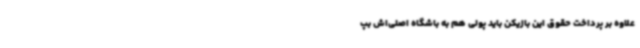
علاوه بر پرداخت حقوق این بازیکن باید پولی هم به باشگاه اصلی‌اش بپ